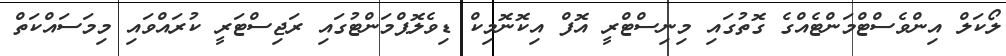
ލޯކަލް އިންވެސްޓްމަންޓެއްގެ ގޮތުގައި މިނިސްޓްރީ އޮފް އިކޮނޮމިކް ޑިވެލޮޕްމަންޓުގައި ރަޖިސްޓަރީ ކުރައްވައި މިމަސައްކަތް